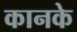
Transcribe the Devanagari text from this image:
कानके